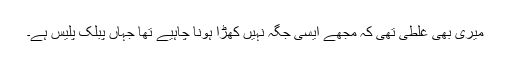
میری بھی غلطی تھی کہ مجھے ایسی جگہ نہیں کھڑا ہونا چاہیے تھا جہاں پبلک پلیس ہے۔